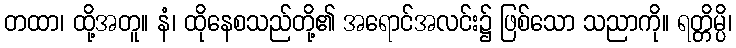
တထာ၊ ထို့အတူ။ နံ၊ ထိုနေစသည်တို့၏ အရောင်အလင်း၌ ဖြစ်သော သညာကို။ ရတ္တိမ္ပိ၊